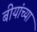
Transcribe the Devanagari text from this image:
बीयांच्या